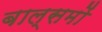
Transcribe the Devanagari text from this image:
बाल्समों